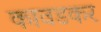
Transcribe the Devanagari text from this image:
कावडकर